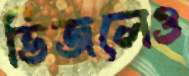
ভিজলেও